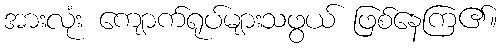
အားလုံး ကျောက်ရုပ်များသဖွယ် ဖြစ်နေကြ၏။